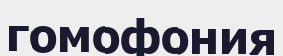
гомофония